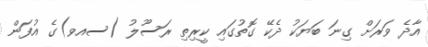
އާދެ ވަރަށް ގިނަ ބަޔަކު ދެކޭ ގޮތުގައި ކީރިތި ރަސޫލު (ސއވ)ގެ އުފަން